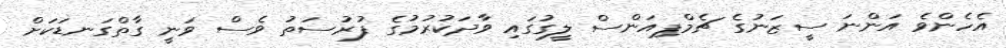
އެހެންވެ އަންނަ ސީޒަނުގެ ޗެމްޕިއަންސް ލީގުގައި ވާދަކުރުމުގެ ފުރުސަތު ވެސް ވަނީ ގާތްގަނޑަކަށް